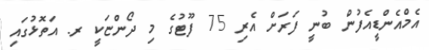
އެމްއެންޑީއެފުން ބުނީ ފަރަށް އެރި 75 ފޫޓުގެ މި ދޯންޏަކީ ރ. އަތޮޅުގައި